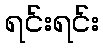
ရင်းရင်း